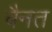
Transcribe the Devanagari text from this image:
वैनत